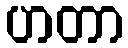
ဟတာ